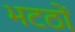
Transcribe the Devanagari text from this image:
भटठों